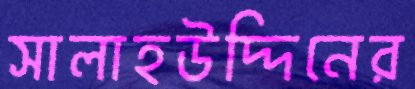
সালাহউদ্দিনের